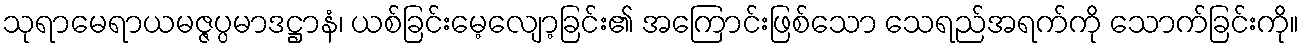
သုရာမေရာယမဇ္ဇပ္ပမာဒဋ္ဌာနံ၊ ယစ်ခြင်းမေ့လျော့ခြင်း၏ အကြောင်းဖြစ်သော သေရည်အရက်ကို သောက်ခြင်းကို။